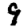
Digit: 9